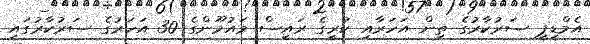
އެމްޑީޕީ ސަރުކާރުގެ ތިން އަހަރާއި ކުރީގެ ރައީސް މައުމޫންގެ 30 އަހަރުގެ ސަރުކާރުގައި